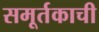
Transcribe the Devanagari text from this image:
समूर्तकाची